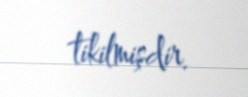
tikilmişdir.